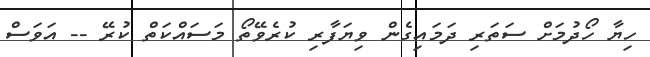
ހިޔާ ހޯދުމަށް ސަަތަރި ދަމައިގެން ވިޔަފާރި ކުރެވޭތޯ މަސައްކަތް ކުރޭ -- އަވަސް